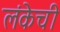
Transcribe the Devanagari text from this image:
लंकेची